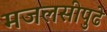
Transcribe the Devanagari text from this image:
मजलसीपुढे